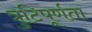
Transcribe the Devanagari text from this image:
त्रुटिपूर्णता